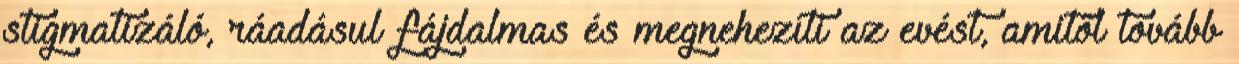
stigmatizáló, ráadásul fájdalmas és megnehezíti az evést, amitől tovább